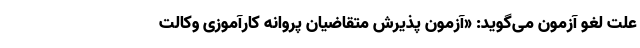
علت لغو آزمون می‌گوید: «آزمون پذیرش متقاضیان پروانه کارآموزی وکالت